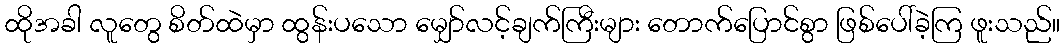
ထိုအခါ လူတွေ စိတ်ထဲမှာ ထွန်းပသော မျှော်လင့်ချက်ကြီးများ တောက်ပြောင်စွာ ဖြစ်ပေါ်ခဲ့ကြ ဖူးသည်။